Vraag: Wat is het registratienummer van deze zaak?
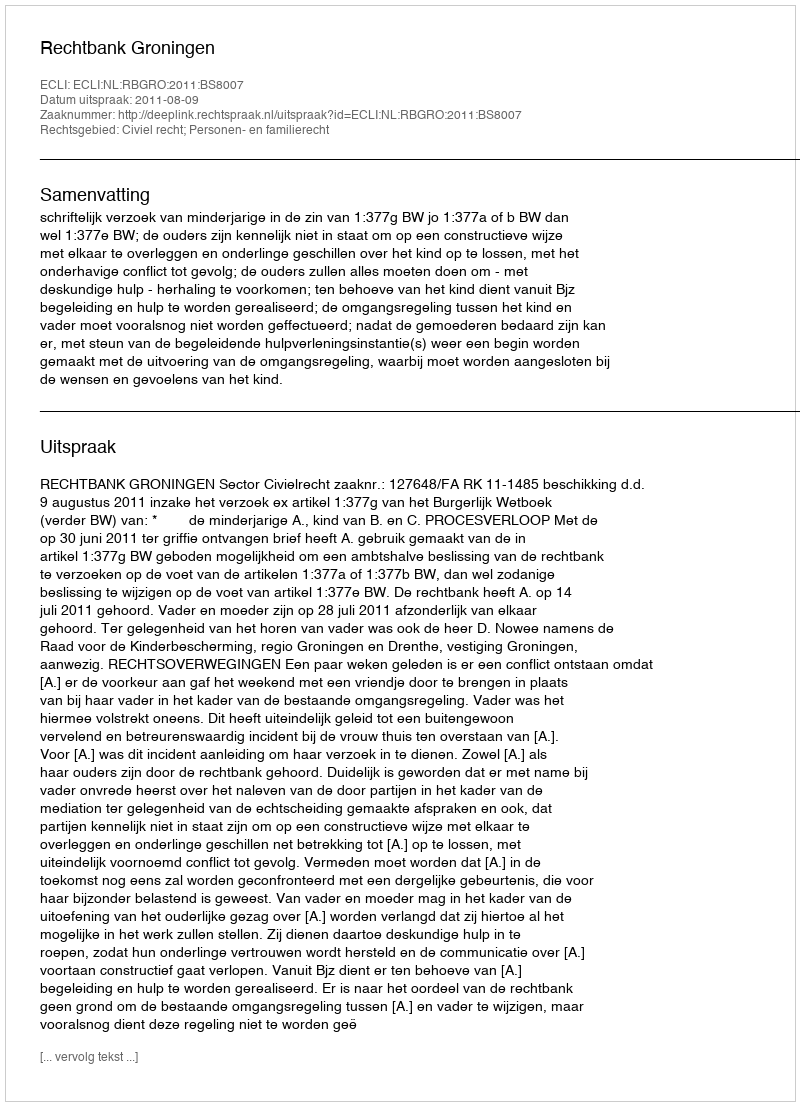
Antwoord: http://deeplink.rechtspraak.nl/uitspraak?id=ECLI:NL:RBGRO:2011:BS8007